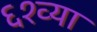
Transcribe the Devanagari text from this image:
६१व्या